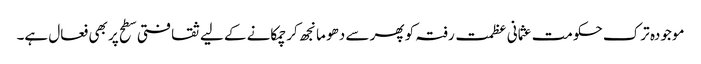
موجودہ ترک حکومت عثمانی عظمت رفتہ کو پھر سے دھو مانجھ کر چمکانے کے لیے ثقافتی سطح پر بھی فعال ہے۔